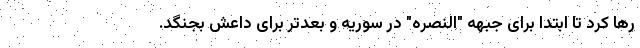
رها کرد تا ابتدا برای جبهه "النصره" در سوریه و بعدتر برای داعش بجنگد.